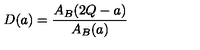
D ( a ) = \frac { A _ { B } ( 2 Q - a ) } { A _ { B } ( a ) }